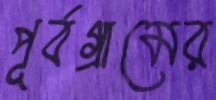
পূর্বগ্রামের